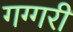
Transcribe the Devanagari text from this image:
गग्गरी